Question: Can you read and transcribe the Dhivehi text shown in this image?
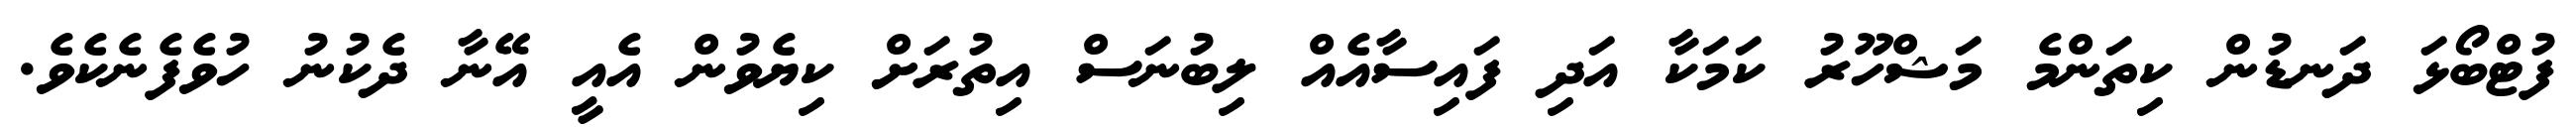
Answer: ފުޓްބޯޅަ ދަނޑުން ކިތަންމެ މަޝްހޫރު ކަމަކާ އަދި ފައިސާއެއް ލިބުނަސް އިތުރަށް ކިޔެވުން އެއީ އޭނާ ދެކުނު ހުވެފެނެކެވެ.